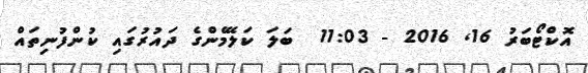
އޮކްޓޯބަރު 16